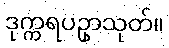
ဒုက္ကရပဥှာသုတ်။